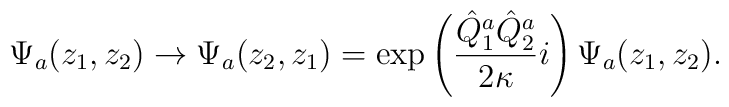
\Psi_a(z_1,z_2) \rightarrow \Psi_a(z_2,z_1) = \exp\left(\frac{\hat Q^a_1\hat Q^a_2}{2\kappa}i\right) \Psi_a(z_1,z_2).